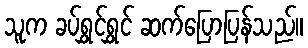
သူက ခပ်ရွှင်ရွှင် ဆက်ပြောပြန်သည်။